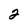
Character: 2